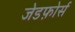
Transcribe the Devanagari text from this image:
जेडफ़ोर्स